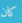
كان